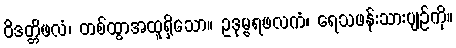
ဝိဒတ္တိဖလံ၊ တစ်ထွာအထူရှိသော။ ဥဒုမ္ဗရဖလကံ၊ ရေသဖန်းသားပျဉ်ကို။